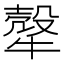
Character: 𤛓